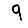
Digit: 9